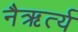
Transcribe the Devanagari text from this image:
नैऋर्त्य